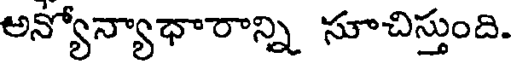
అన్యోన్యాధారాన్ని సూచిస్తుంది.